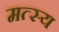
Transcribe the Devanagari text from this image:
मत्स्‍य